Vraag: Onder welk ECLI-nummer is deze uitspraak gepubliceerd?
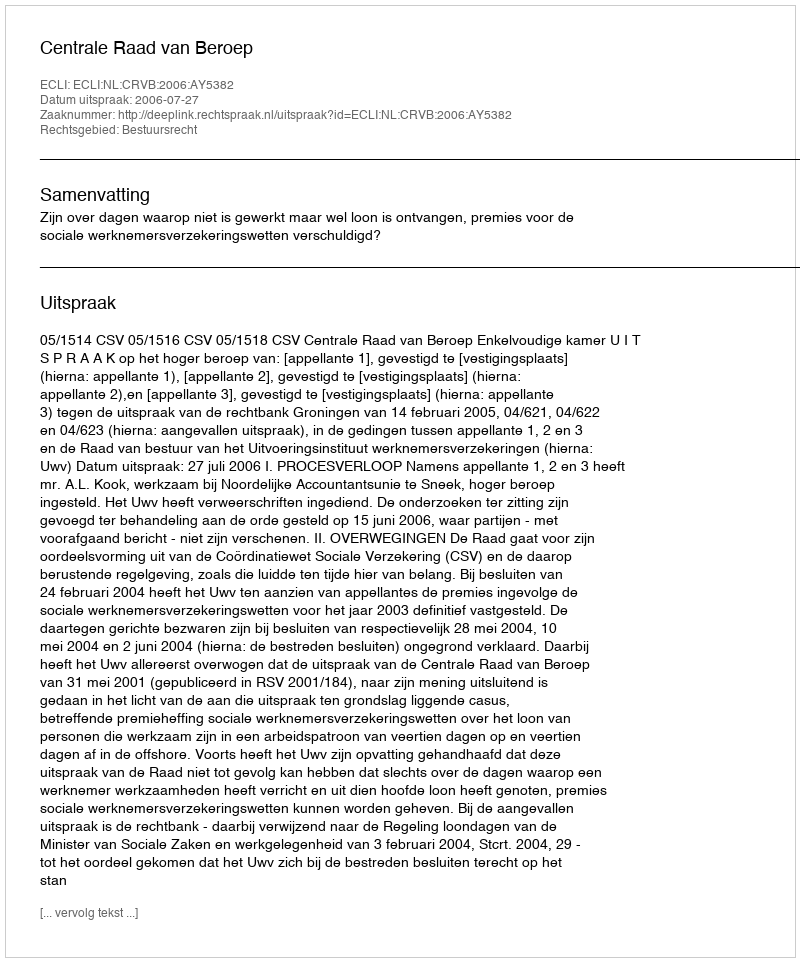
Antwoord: ECLI:NL:CRVB:2006:AY5382